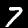
Digit: 7